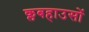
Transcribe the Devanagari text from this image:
क्लबहाउसों